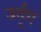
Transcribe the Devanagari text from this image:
उर्दूए